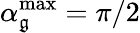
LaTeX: \alpha_{\mathfrak{g}}^{\mathrm{{{max}}}}=\pi/2